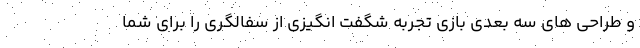
و طراحی های سه بعدی بازی تجربه شگفت انگیزی از سفالگری را برای شما